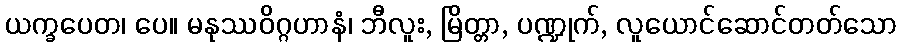
ယက္ခပေတ၊ ပေ။ မနုဿဝိဂ္ဂဟာနံ၊ ဘီလူး, မြိတ္တာ, ပဏ္ဍုက်, လူယောင်ဆောင်တတ်သော